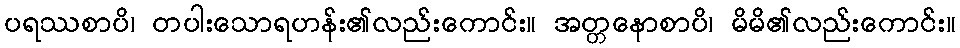
ပရဿစာပိ၊ တပါးသောရဟန်း၏လည်းကောင်း။ အတ္တနောစာပိ၊ မိမိ၏လည်းကောင်း။